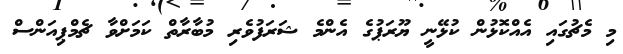
މި މެޗުގައި އެއްކޮޅުން ކުޅޭނީ ޔޫރަޕުގެ އެންމެ ޝަރަފުވެރި މުބާރާތް ކަމަށްވާ ޗެމްޕިއަންސް